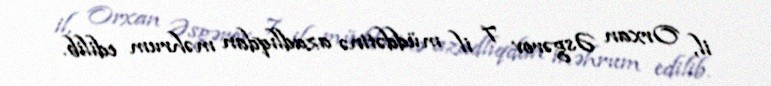
il, Orxan Əsgərov 7 il müddətinə azadlıqdan məhrum edilib.